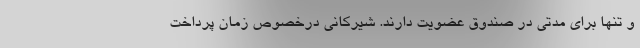
و تنها برای مدتی در صندوق عضویت دارند. شیرکانی درخصوص زمان پرداخت